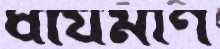
ধার্যমাণ